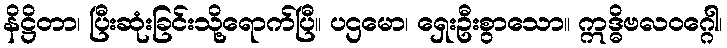
နိဋ္ဌိတာ၊ ပြီးဆုံးခြင်းသို့ရောက်ပြီ။ ပဌမော၊ ရှေးဦးစွာသော။ ဣဒ္ဓိဗလဝဂ္ဂေါ၊